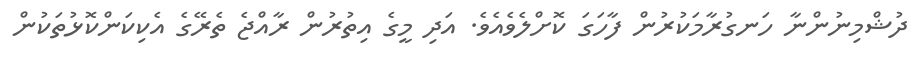
ދުޝްމިނުންނާ ހަނގުރާމަކުރުން ފާހަގަ ކޮށްލެވެއެވެ. އަދި މީގެ އިތުރުން ރާއްޖެ ތެރޭގެ އެކިކަންކޮޅުތަކުން